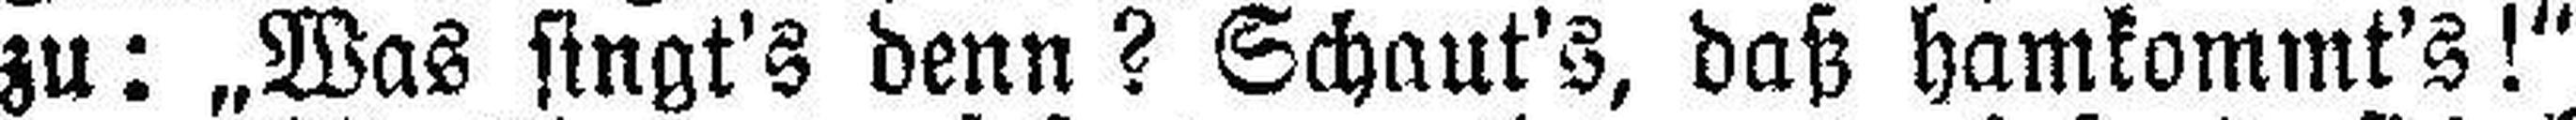
zu: „Was singt's denn? Schaut's, daß hamkommt's!“